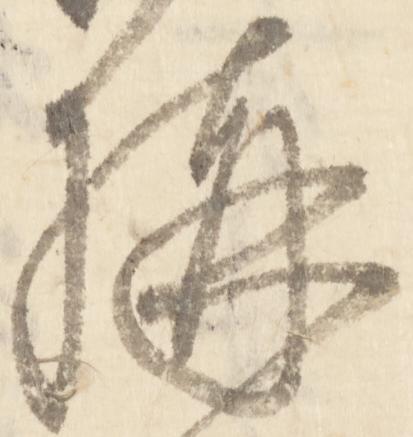
構